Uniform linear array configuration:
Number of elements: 16
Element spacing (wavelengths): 0.75
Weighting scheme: kaiser
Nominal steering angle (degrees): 60
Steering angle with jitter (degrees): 60.338
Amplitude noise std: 0.05
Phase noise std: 0.05

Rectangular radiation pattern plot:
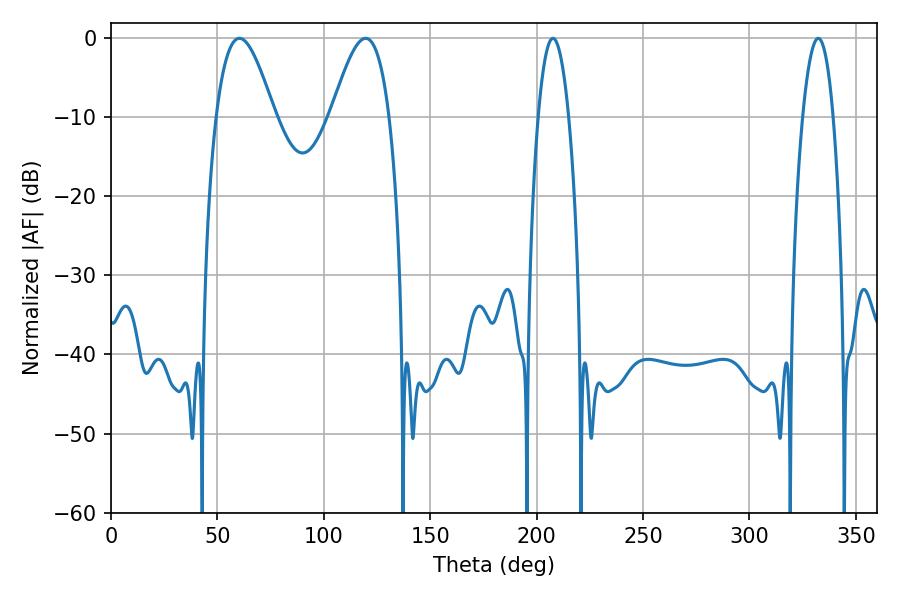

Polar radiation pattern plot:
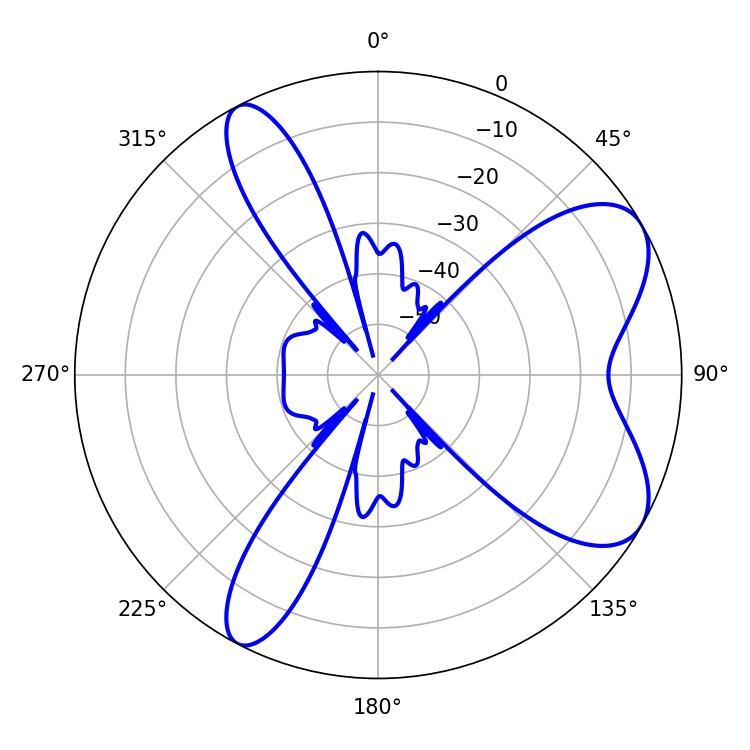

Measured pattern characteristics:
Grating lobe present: TRUE
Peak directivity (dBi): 7.328
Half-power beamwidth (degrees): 14.76
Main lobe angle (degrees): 60.3